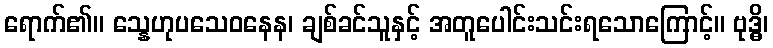
ရောက်၏။ သ္နေဟုပသေဝနေန၊ ချစ်ခင်သူနှင့် အတူပေါင်းသင်းရသောကြောင့်။ ဗုဒ္ဓိ၊